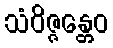
သံဝိဇ္ဇန္တေဝ